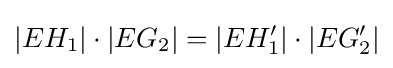
|EH_{1}|\cdot |EG_{2}|=|EH'_{1}|\cdot |EG'_{2}|